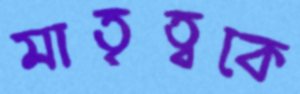
মাতৃত্বকে